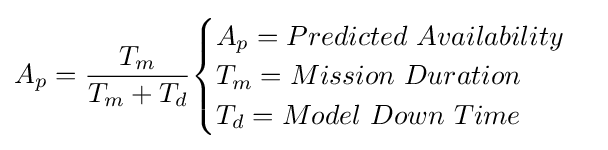
A_{p}={\frac {T_{m}}{T_{m}+T_{d}}}{\begin{cases}A_{p}=Predicted\ Availability\\T_{m}=Mission\ Duration\\T_{d}=Model\ Down\ Time\end{cases}}